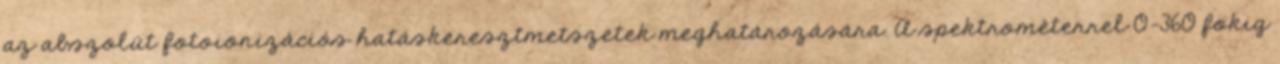
az abszolút fotoionizációs hatáskeresztmetszetek meghatározására. A spektrométerrel 0-360 fokig